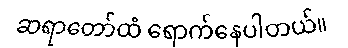
ဆရာတော်ထံ ရောက်နေပါတယ်။